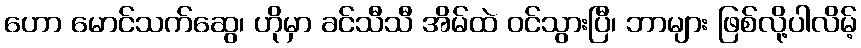
ဟော မောင်သက်ဆွေ၊ ဟိုမှာ ခင်သီသီ အိမ်ထဲ ဝင်သွားပြီ၊ ဘာများ ဖြစ်လို့ပါလိမ့်